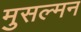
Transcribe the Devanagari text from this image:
मुसल्मन